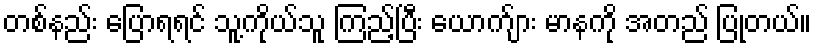
တစ်နည်း ပြောရရင် သူ့ကိုယ်သူ ကြည့်ပြီး ယောက်ျား မာနကို အတည် ပြုတယ်။